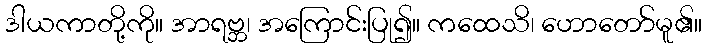
ဒါယကာတို့ကို။ အာရဗ္ဘ၊ အကြောင်းပြု၍။ ကထေသိ၊ ဟောတော်မူ၏။